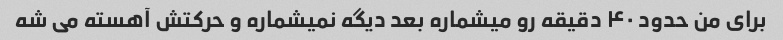
برای من حدود ۴۰ دقیقه رو میشماره بعد دیگه نمیشماره و حرکتش آهسته می شه